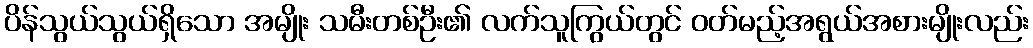
ပိန်သွယ်သွယ်ရှိသော အမျိုး သမီးတစ်ဦး၏ လက်သူကြွယ်တွင် ဝတ်မည့်အရွယ်အစားမျိုးလည်း